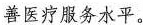
善医疗服务水平。